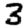
Digit: 3